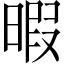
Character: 暇